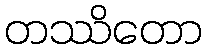
တဿိတော